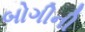
બોગીની